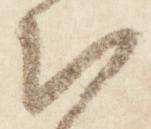
被